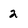
Character: 2